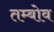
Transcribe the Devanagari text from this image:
तम्बोव